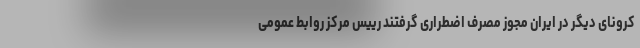
کرونای دیگر در ایران مجوز مصرف اضطراری گرفتند رییس مرکز روابط عمومی